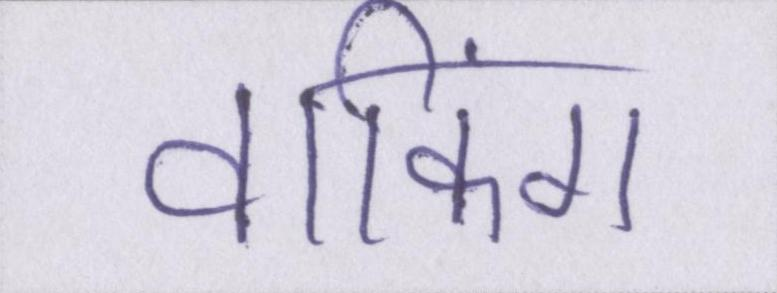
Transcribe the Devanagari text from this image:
वाकिंग